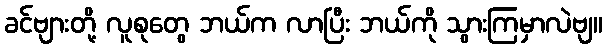
ခင်ဗျားတို့ လူစုတွေ ဘယ်က လာပြီး ဘယ်ကို သွားကြမှာလဲဗျ။